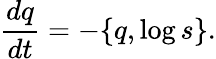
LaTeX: \frac{dq}{dt}=-\{ q,\log{s}\} .